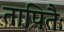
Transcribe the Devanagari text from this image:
तापितैः